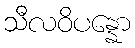
သီလဝိပန္နော